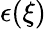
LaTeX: \epsilon(\xi)